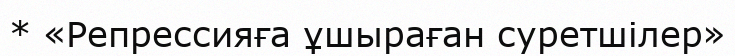
* «Репрессияға ұшыраған суретшілер»